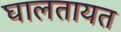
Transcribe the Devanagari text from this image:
घालतायत